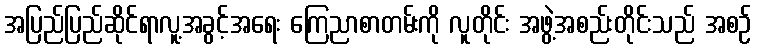
အပြည်ပြည်ဆိုင်ရာလူ့အခွင့်အရေး ကြေညာစာတမ်းကို လူတိုင်း အဖွဲ့အစည်းတိုင်းသည် အစဉ်